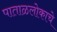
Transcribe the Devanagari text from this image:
पाताळलोकाचे